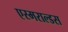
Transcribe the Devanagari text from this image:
एस्मराल्डस